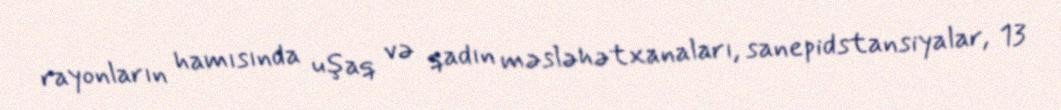
rayonların hamısında uşaq və qadın məsləhətxanaları, sanepidstansiyalar, 13